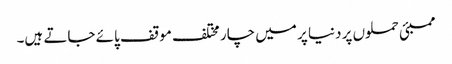
ممبئی حملوں پر دنیا پر میں چار مختلف موقف پائے جاتے ہیں۔